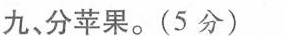
九分苹果。(5分)